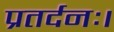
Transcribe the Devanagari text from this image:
प्रतर्दनः।